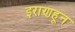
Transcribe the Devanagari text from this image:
इराणहून